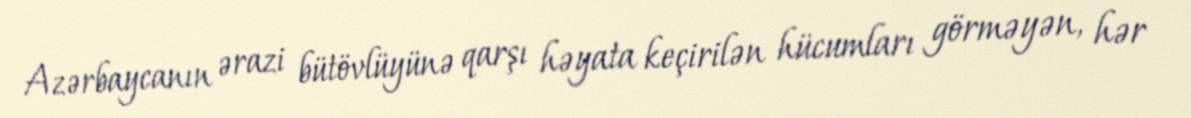
Azərbaycanın ərazi bütövlüyünə qarşı həyata keçirilən hücumları görməyən, hər